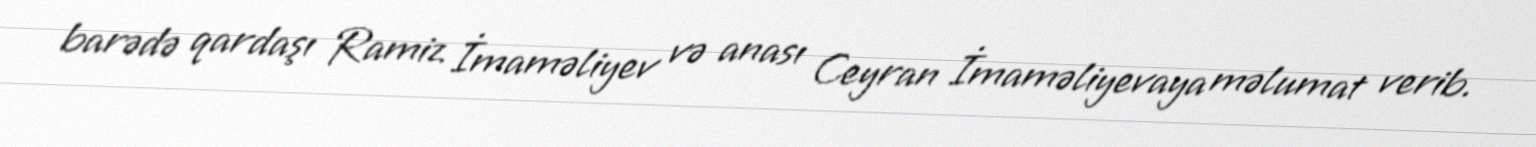
barədə qardaşı Ramiz İmaməliyev və anası Ceyran İmaməliyevaya məlumat verib.